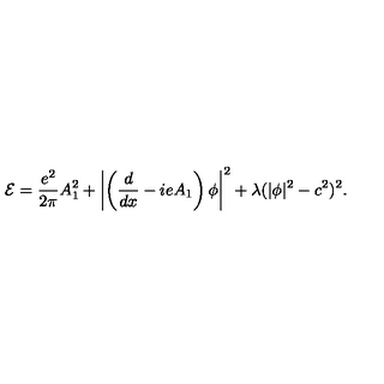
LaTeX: { \cal E } = \frac { e ^ { 2 } } { 2 \pi } A _ { 1 } ^ { 2 } + \left| \left( \frac { d } { d x } - i e A _ { 1 } \right) \phi \right| ^ { 2 } + \lambda ( | \phi | ^ { 2 } - c ^ { 2 } ) ^ { 2 } .